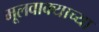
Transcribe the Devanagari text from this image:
मूलवाक्याच्या